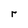
Character: r